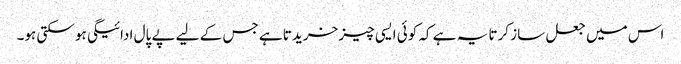
اس میں جعل ساز کرتا یہ ہے کہ کوئی ایسی چیز خریدتا ہے جس کے لیے پے پال ادائیگی ہو سکتی ہو۔